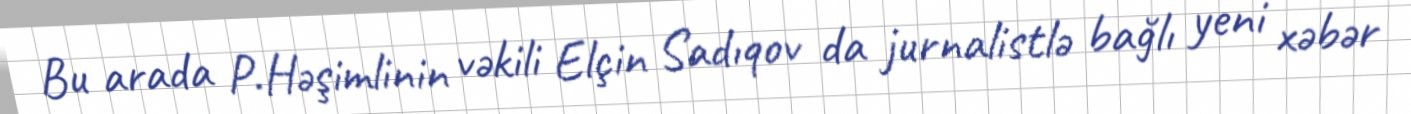
Bu arada P.Həşimlinin vəkili Elçin Sadıqov da jurnalistlə bağlı yeni xəbər